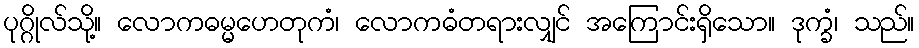
ပုဂ္ဂိုလ်သို့။ လောကဓမ္မဟေတုကံ၊ လောကဓံတရားလျှင် အကြောင်းရှိသော။ ဒုက္ခံ၊ သည်။